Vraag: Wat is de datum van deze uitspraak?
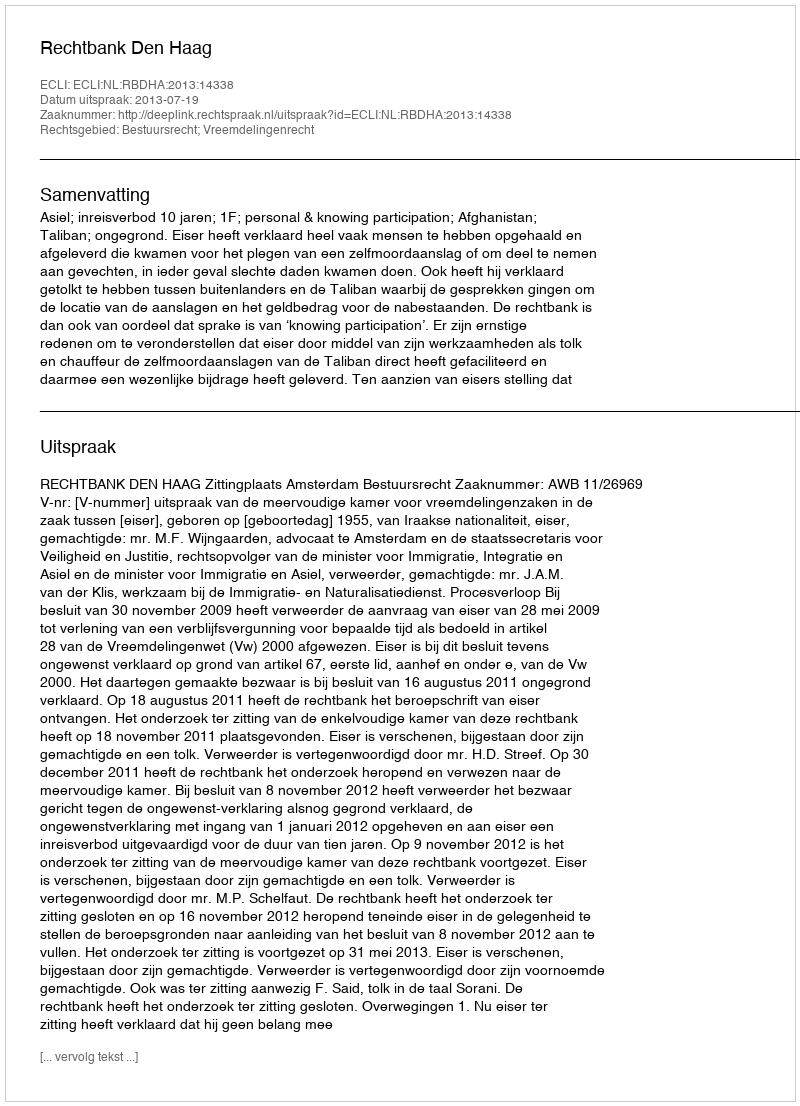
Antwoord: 2013-07-19